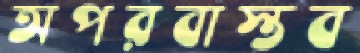
অপরবাস্তব